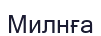
Милнға